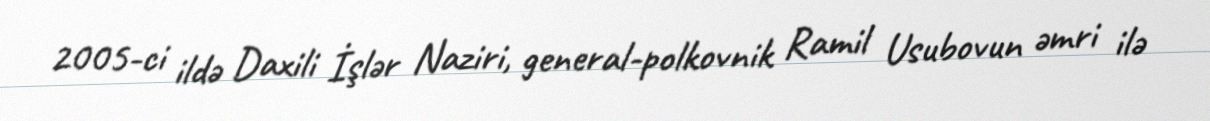
2005-ci ildə Daxili İşlər Naziri, general-polkovnik Ramil Usubovun əmri ilə